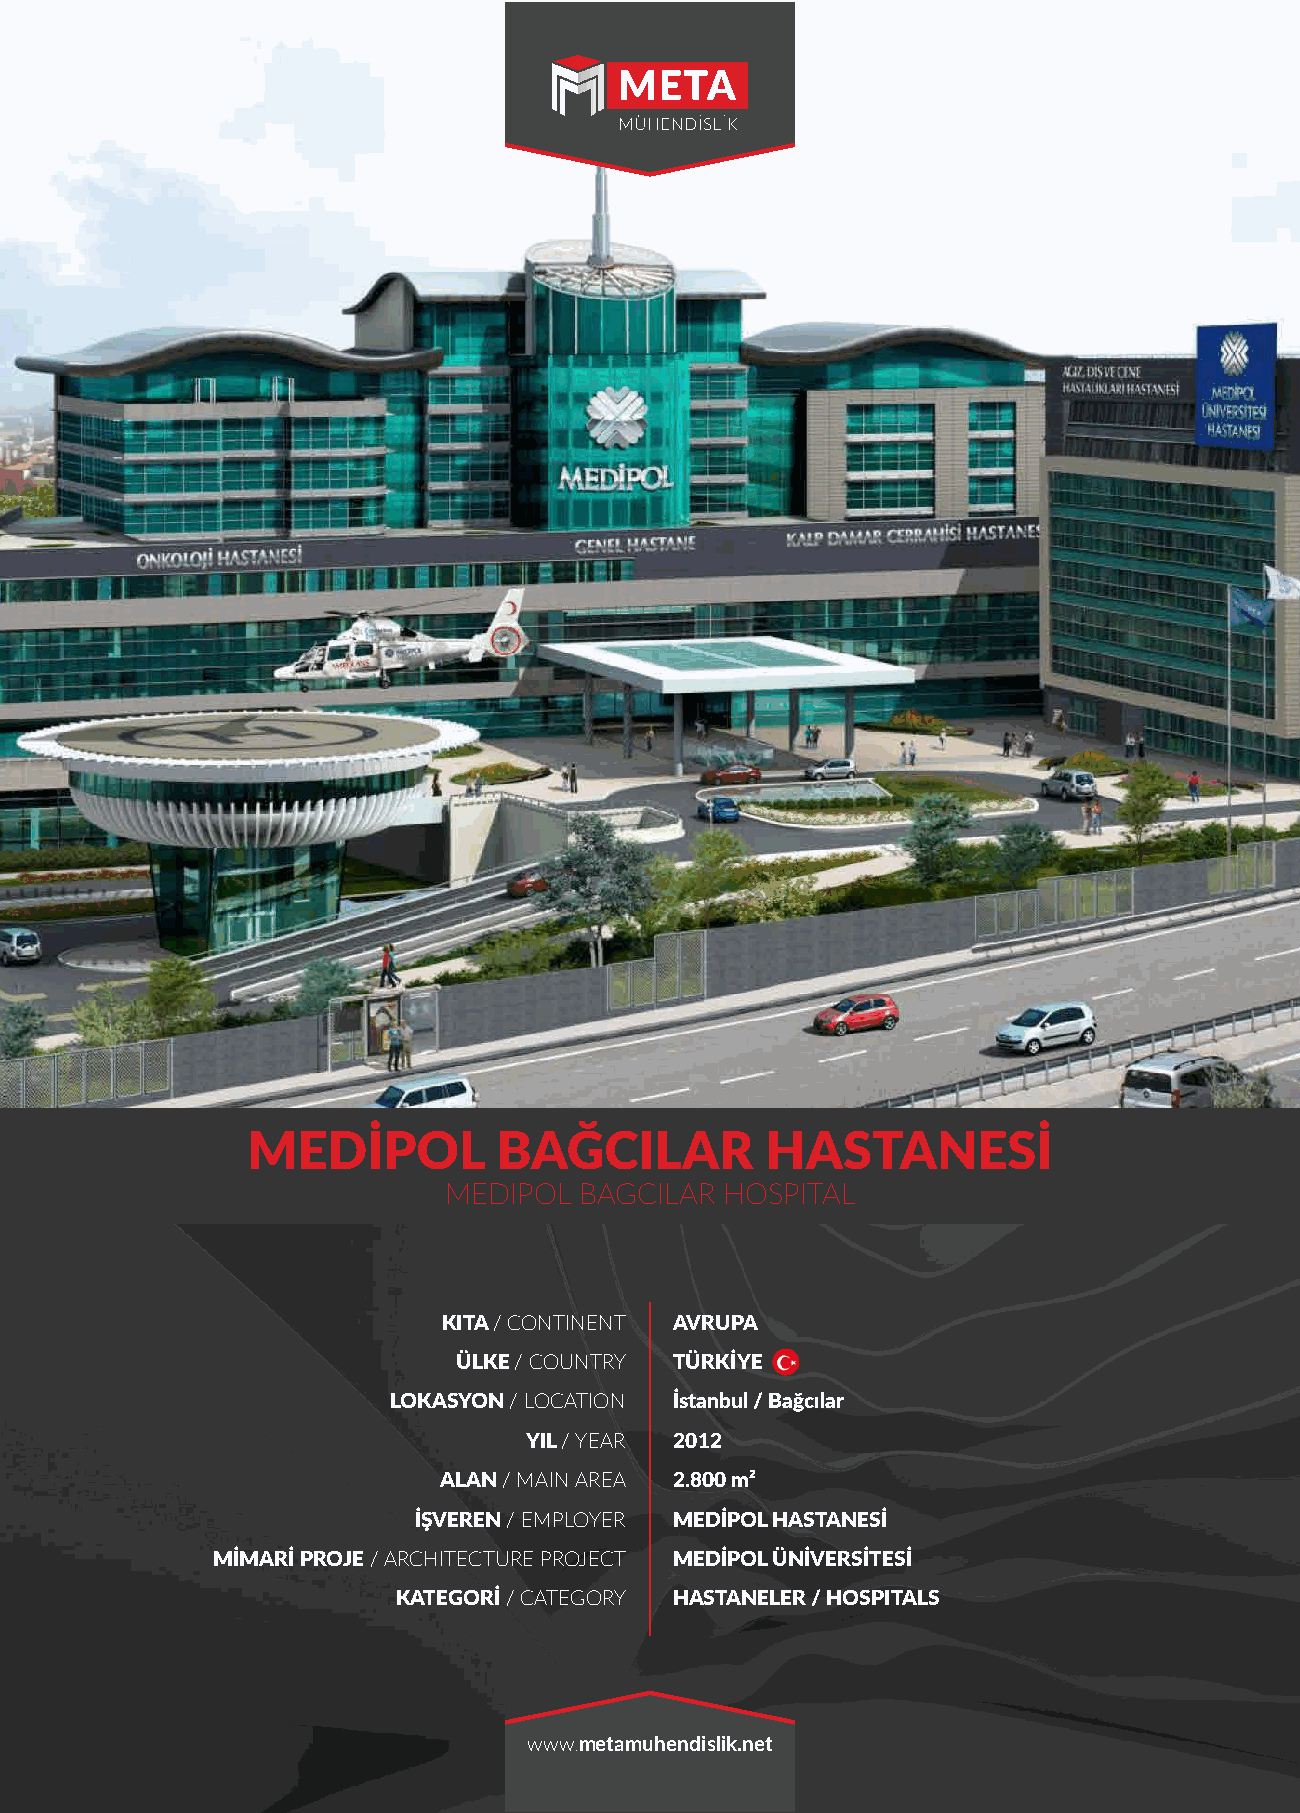
MEDİPOL          BAĞCILAR          HASTANESİ
 MEDIPOL  BAGCILAR  HOSPITAL
 KITA / CONTINENT AVRUPA
 ÜLKE / COUNTRY TÜRKİYE
 LOKASYON / LOCATION İstanbul / Bağcılar
 YIL / YEAR 2012
 ALAN / MAIN AREA 2.800 m²
 İŞVEREN / EMPLOYER MEDİPOL HASTANESİ
 MİMARİ PROJE / ARCHITECTURE PROJECT MEDİPOL ÜNİVERSİTESİ
 KATEGORİ / CATEGORY HASTANELER / HOSPITALS
 www.metamuhendislik.net